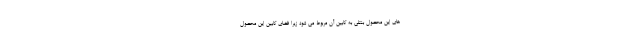
های این محصول بنتلی به کابین آن مربوط می شود زیرا فضای کابین این محصول